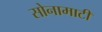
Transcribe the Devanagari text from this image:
सोनामाटी